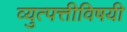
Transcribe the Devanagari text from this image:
व्युत्पत्तीविषयी